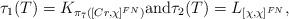
LaTeX: \begin{align*} {}\tau_1(T) = K_{\pi_7([Cr, \chi]^{FN})} \mbox{and} \tau_2(T) = L_{[\chi, \chi]^{FN}},\end{align*}